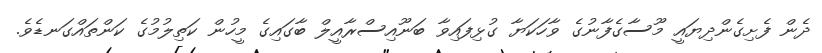
ދެން ފެށިގެންދިޔައީ މޫސާގެފާނުގެ ވާހަކަޔާ ގުޅިފައިވާ ބަނޫއިސްރާއީލް ބާގައިގެ މީހުން ކަތިލުމުގެ ކަންތައްގަނޑެވެ.